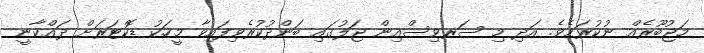
މަޖުބޫރެއް ނުކުރަމެވެ. އަދި މި ސަރވިސްއިން ޖަލުގައި ބަންދުކުރެވިފައިވާ މީހަކު ޑޮކްޓަރަށް ދައްކާނީ